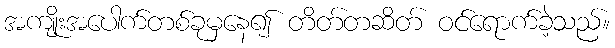
အကျိုးအပေါက်တစ်ခုမှနေ၍ တိတ်တဆိတ် ဝင်ရောက်ခဲ့သည်။